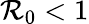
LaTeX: \mathcal{R}_{0}<1